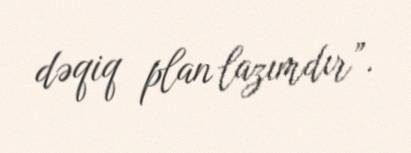
dəqiq plan lazımdır”.